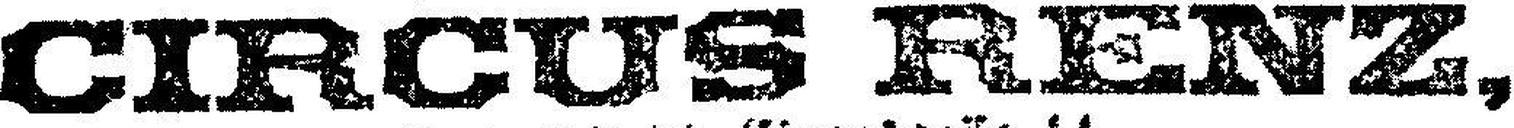
CIRCUS RENZ,